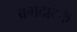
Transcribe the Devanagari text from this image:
बगदादके